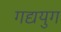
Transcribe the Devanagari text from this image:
गद्ययुग